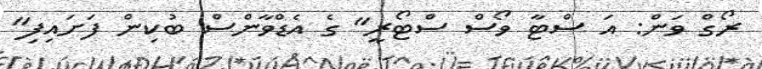
ރޯގް ވަން: އަ ސްޓާ ވޯސް ސްޓޯރީ" ގެ އެޑްވާންސް ބުކިން ފަށައިފި"